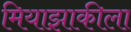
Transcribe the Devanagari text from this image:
मियाझाकीला